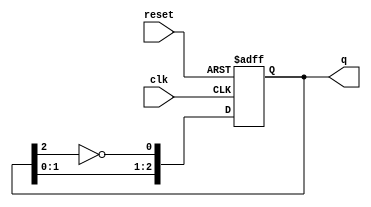
module JohnsonCounter #(parameter N = 3) (
    input wire clk,          // Clock signal
    input wire reset,        // Asynchronous reset signal
    output reg [N-1:0] q     // Output state of the counter
);

    // Always block triggered on the rising edge of the clock or reset
    always @(posedge clk or posedge reset) begin
        if (reset) begin
            q <= 0; // Initialize the counter to 0 on reset
        end else begin
            // Shift the state and feed back the inverted last flip-flop output
            q <= {q[N-2:0], ~q[N-1]};
        end
    end

endmodule